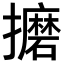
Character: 𫾚